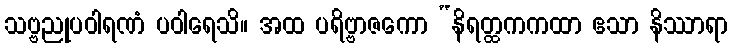
သဗ္ဗညုပဝါရဏံ ပဝါရေသိ။ အထ ပရိဗ္ဗာဇကော “နိရတ္ထကကထာ ဧသာ နိဿာရာ